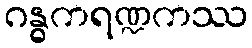
ဂန္ဓကရဏ္ဍကဿ